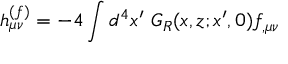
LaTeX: h _ { \mu \nu } ^ { ( f ) } = - 4 \int d ^ { 4 } x ^ { \prime } ~ G _ { R } ( x , z ; x ^ { \prime } , 0 ) f _ { , \mu \nu }